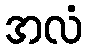
အလံ